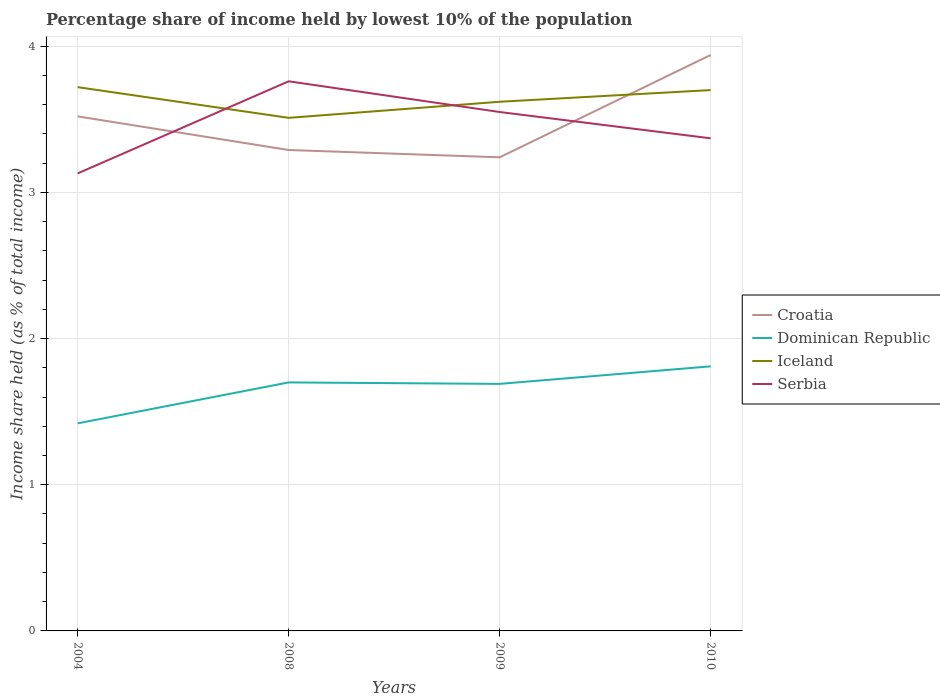
| Years | Croatia | Dominican Republic | Iceland | Serbia |
 | --- | --- | --- | --- | --- |
 | 2004 | 3.52 | 1.42 | 3.72 | 3.13 |
 | 2008 | 3.29 | 1.7 | 3.51 | 3.76 |
 | 2009 | 3.24 | 1.69 | 3.62 | 3.55 |
 | 2010 | 3.94 | 1.81 | 3.7 | 3.37 |